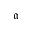
\mathfrak { a }